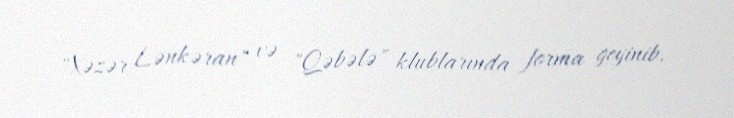
"Xəzər Lənkəran" və "Qəbələ" klublarında forma geyinib.